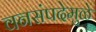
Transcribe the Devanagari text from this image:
वनसंपदेमुळे